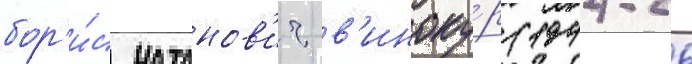
бор'и́с натанов'ич в'иноку́р (1944-26